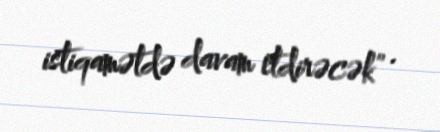
istiqamətdə davam etdirəcək” .